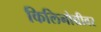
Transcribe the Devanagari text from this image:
किलिनोच्चीवर